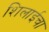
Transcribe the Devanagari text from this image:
शिलाईचा